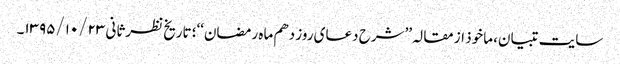
سایت تبیان، ماخوذ از مقالہ ’’شرح دعای روز دهم ماه رمضان‘‘؛ تاریخ نظرثانی ۱۳۹۵/۱۰/۲۳۔